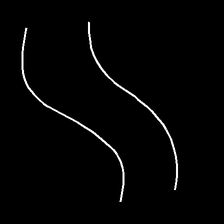
Glyph: float